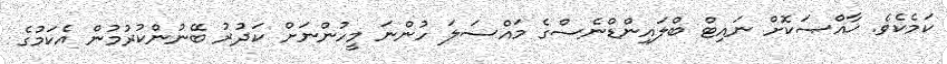
ކަމެކެވެ. ޚާއްޞަކޮށް ނައިޓް ބްލައިންޑްނެސްގެ މައްސަލަ ހުންނަ މީހުންނަށް ކަދުރު ބޭނުންކުރުމުން އެކަމުގެ